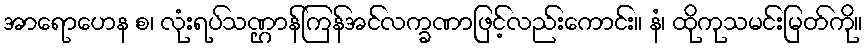
အာရောဟေန စ၊ လုံးရပ်သဏ္ဌာန်ကြန်အင်လက္ခဏာဖြင့်လည်းကောင်း။ နံ၊ ထိုကုသမင်းမြတ်ကို။